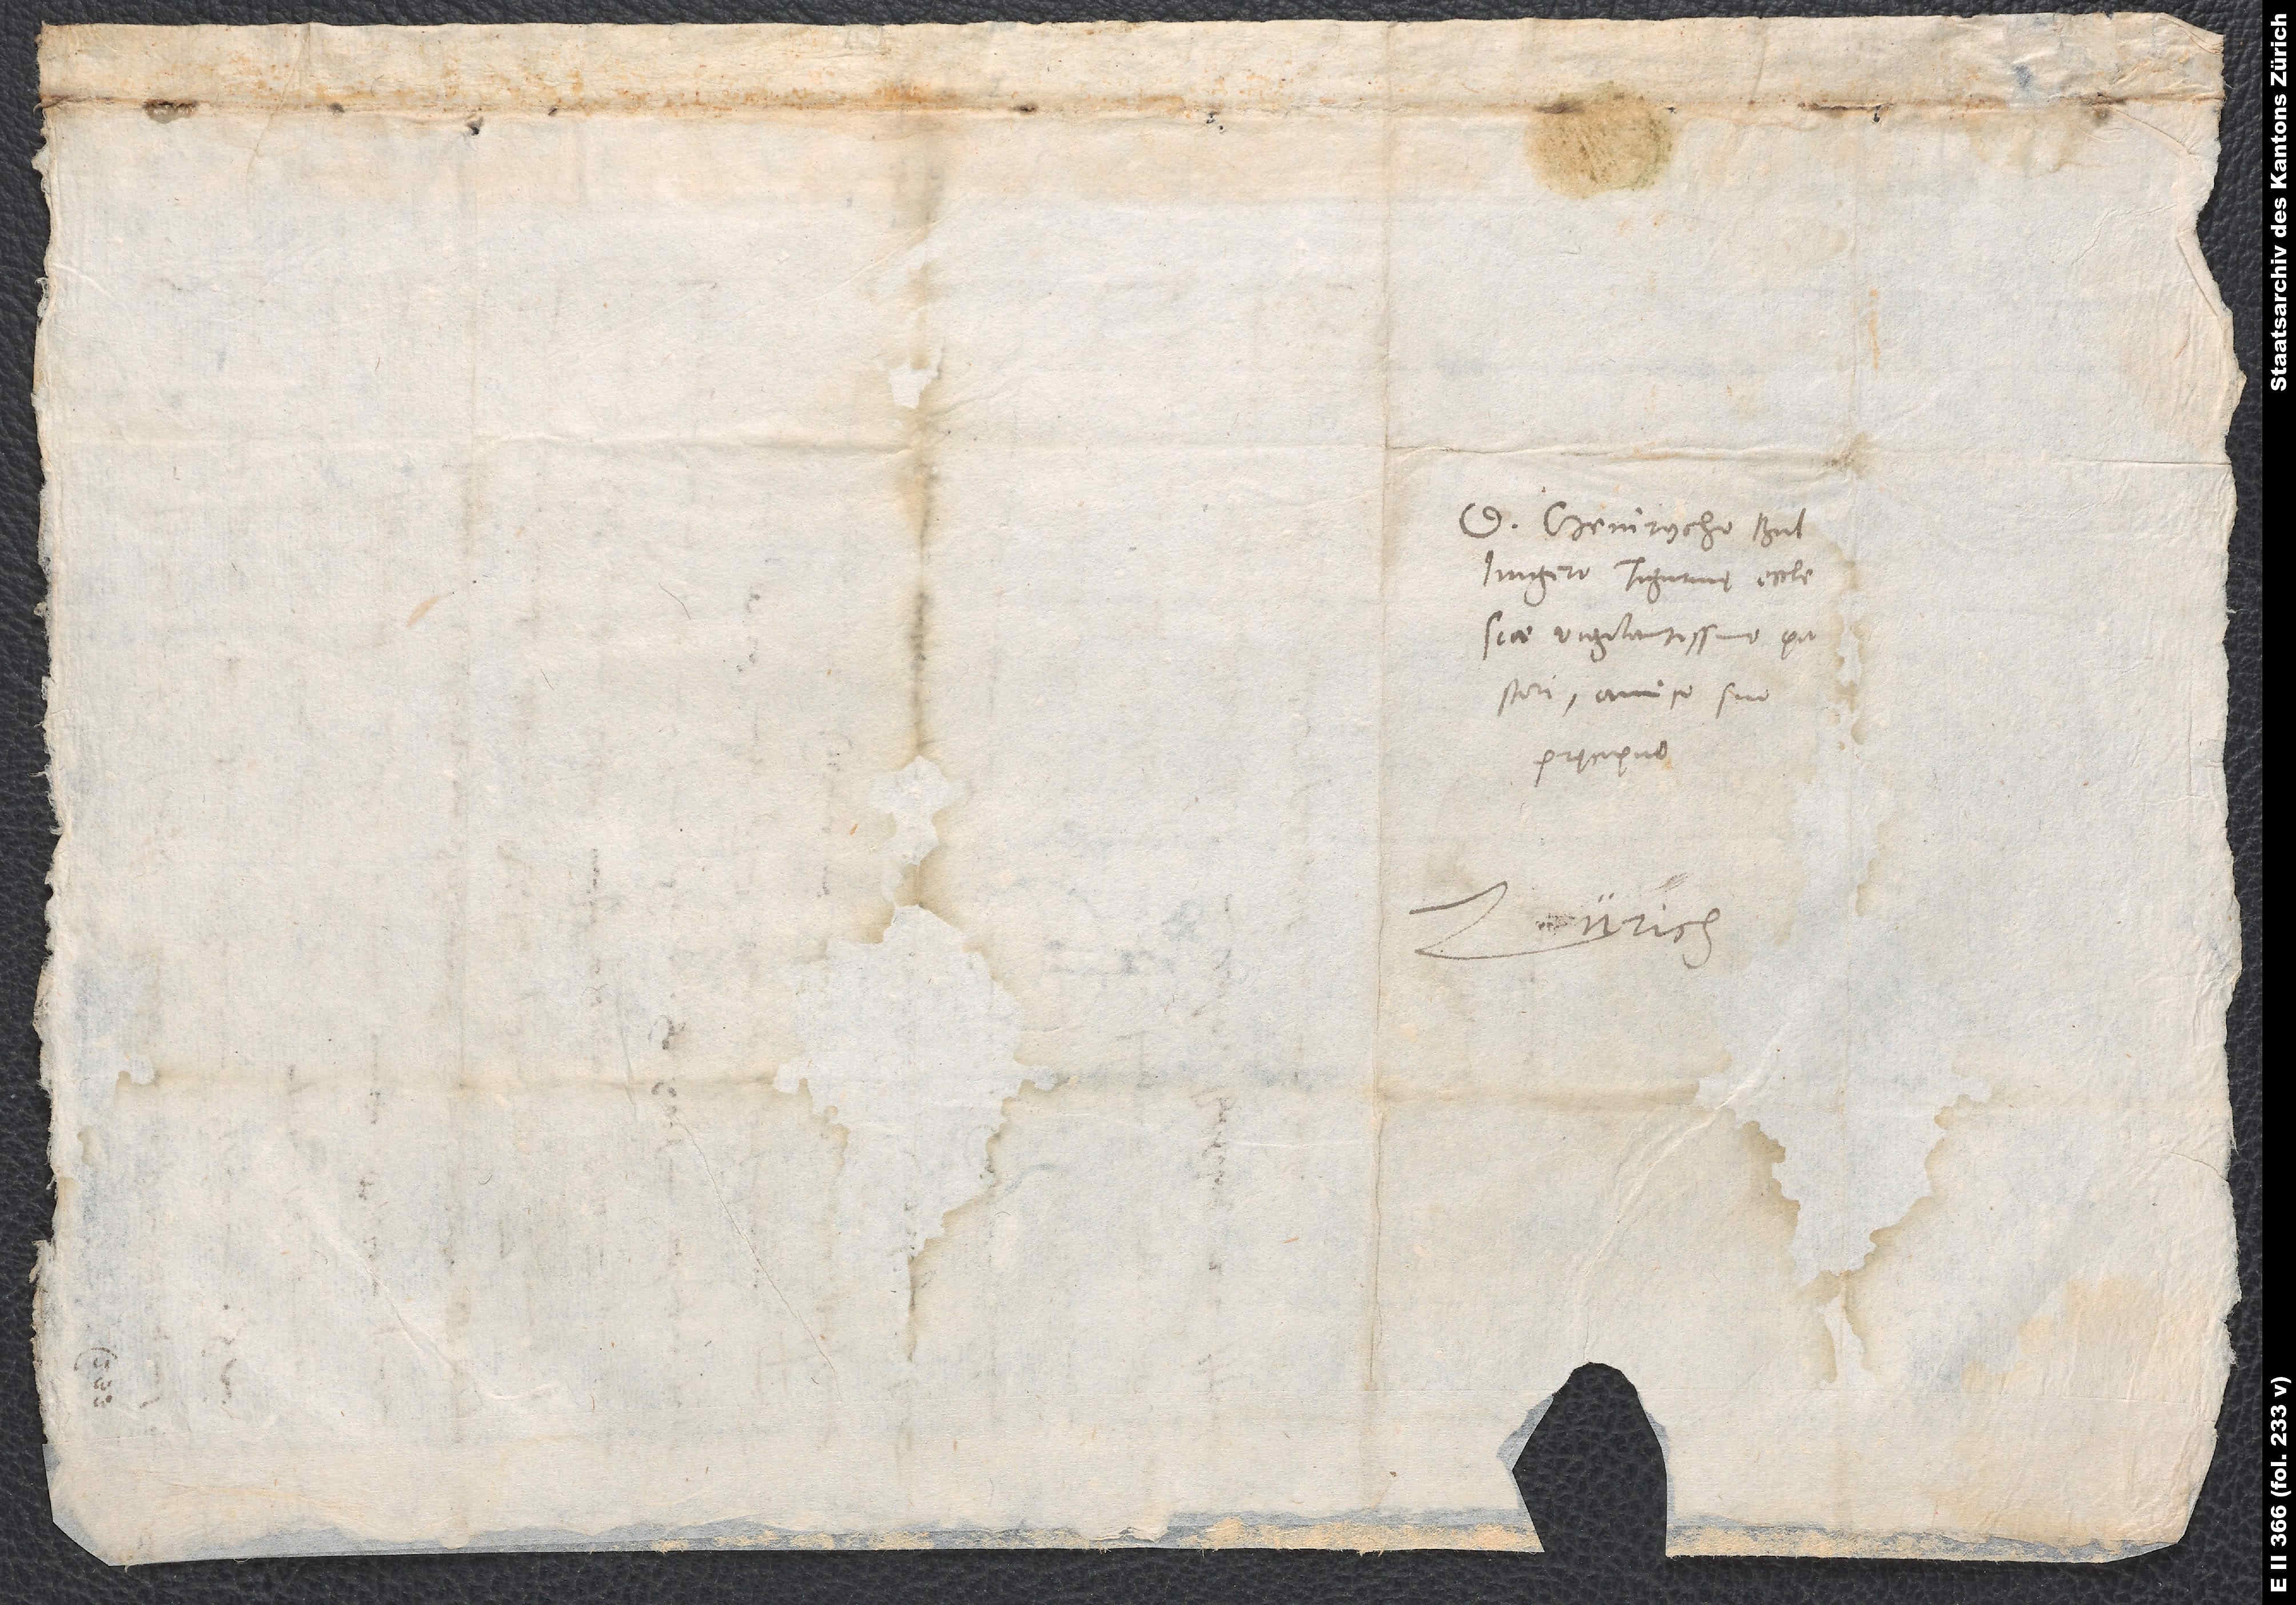
S.

D. Heinrycho
Bullingero, Tigurinę ecclesiae
vigilantissimo pastori,
amico suo
pręcipuo.
Zürich.